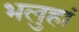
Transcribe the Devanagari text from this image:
भलुहां